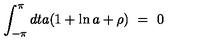
\int _ { - \pi } ^ { \pi } d t a ( 1 + \ln a + \rho ) \ = \ 0